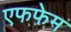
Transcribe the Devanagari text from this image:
एफफेम